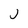
Character: j